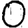
Digit: 0